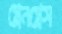
গ্লেনগ্লেস